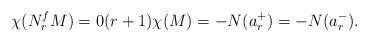
LaTeX: \begin{align*}\chi(N_r^fM)=0 (r+1)\chi(M)=-N(a_r^+)=-N(a_r^-).\end{align*}